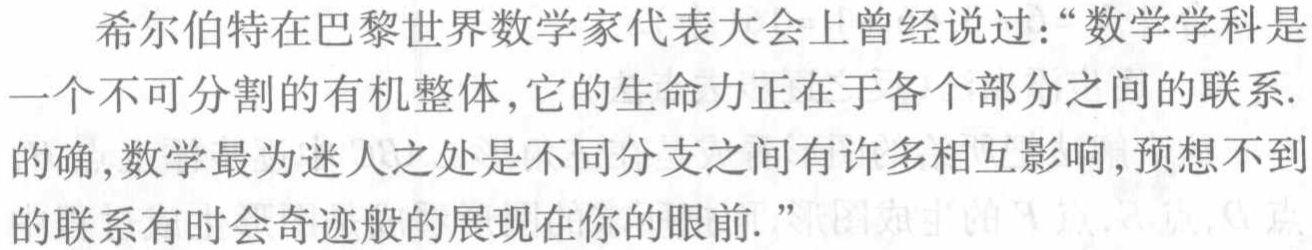
希尔伯特在巴黎世界数学家代表大会上曾经说过：“数学学科是一个不可分割的有机整体，它的生命力正在于各个部分之间的联系. 的确，数学最为迷人之处是不同分支之间有许多相互影响，预想不到的联系有时会奇迹般的展现在你的眼前.”